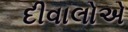
દીવાલોએ